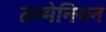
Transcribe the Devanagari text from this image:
तस्मेनियन